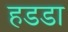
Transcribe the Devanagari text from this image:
हडडा